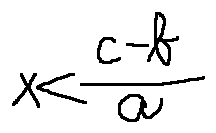
x < \frac { c - b } { a }